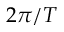
2 \pi / T